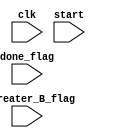
module gcd_controller(
	input clk,
	input start,
	input A_greater_B_flag,
	input done_flag
	//output reg start_flag
);

reg [2:0] curr_state,next_state;
parameter [2:0] start_state = 3'd0,
		check_A_B = 3'd1,
		A_greater_B = 3'd2,
		A_decrement = 3'd3,
		B_decrement = 3'd4;

// state register
always@(posedge clk) begin
	if(!start) 
		curr_state<= start;
	else
		curr_state<= next_state;
end

//state logic
always@(*) begin


case(curr_state)
start_state : begin


if(done_flag) next_state <= start_state;
else next_state<= check_A_B;

end

check_A_B : begin

if(done_flag) next_state <= start_state;
else next_state<= A_greater_B;

end

A_greater_B : begin

if(A_greater_B_flag) next_state<= A_decrement;
else next_state<= B_decrement;

end


A_decrement : begin

next_state<= check_A_B;

end

B_decrement : begin

next_state<= check_A_B;

end


endcase
end


endmodule